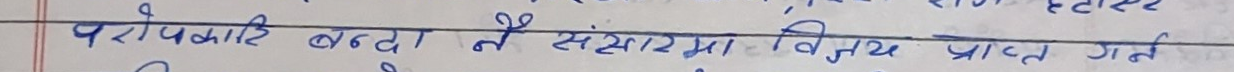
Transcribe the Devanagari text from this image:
परोपकारी बन्दा नै संसारमा विजय प्राप्त गर्छ